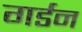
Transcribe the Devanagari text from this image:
गर्डन